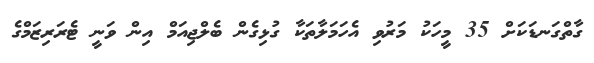
ގާތްގަނޑަކަށް 35 މީހަކު މަރުވި އެހަމަލާތަކާ ގުޅިގެން ބެލްޖިއަމް އިން ވަނީ ޓެރަރިޒަމްގެ